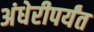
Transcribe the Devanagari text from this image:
अंधेरीपर्यंत